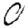
Digit: 0